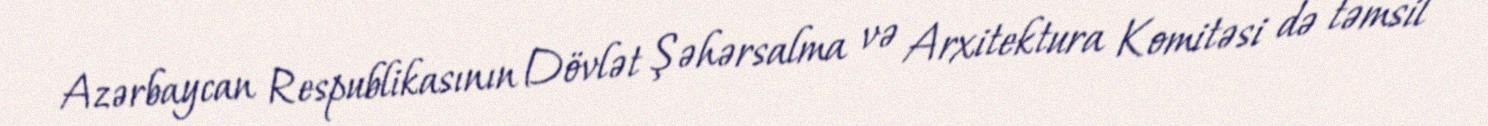
Azərbaycan Respublikasının Dövlət Şəhərsalma və Arxitektura Komitəsi də təmsil